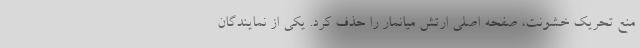
منع تحریک خشونت، صفحه اصلی ارتش میانمار را حذف کرد. یکی از نمایندگان